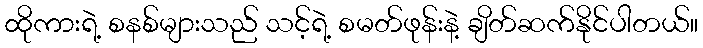
ထိုကားရဲ့ စနစ်များသည် သင့်ရဲ့ စမတ်ဖုန်းနဲ့ ချိတ်ဆက်နိုင်ပါတယ်။